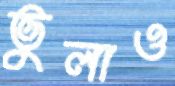
ভুলাও